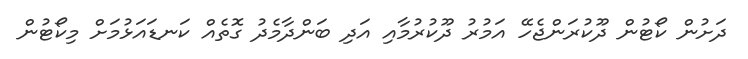
ދަށުން ކޯޓުން ދޫކުރަންޖެހޭ އަމުރު ދޫކުރުމާއި އަދި ބަންދާމެދު ގޮތެއް ކަނޑައަޅުމަށް މިކޯޓުން